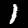
Label: 1